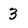
Character: 3